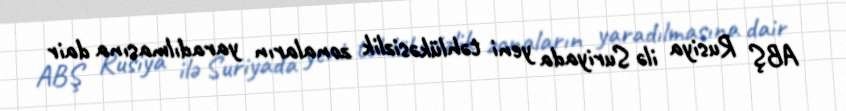
ABŞ Rusiya ilə Suriyada yeni təhlükəsizlik zonaların yaradılmasına dair